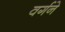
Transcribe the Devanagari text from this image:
वर्गने